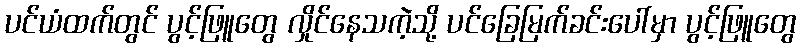
ပင်ယံထက်တွင် ပွင့်ဖြူတွေ လှိုင်နေသကဲ့သို့ ပင်ခြေမြက်ခင်းပေါ်မှာ ပွင့်ဖြူတွေ